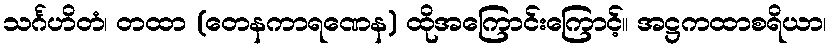
သင်္ဂဟိတံ၊ တထာ (တေနကာရဏေန) ထိုအကြောင်းကြောင့်။ အဋ္ဌကထာစရိယာ၊